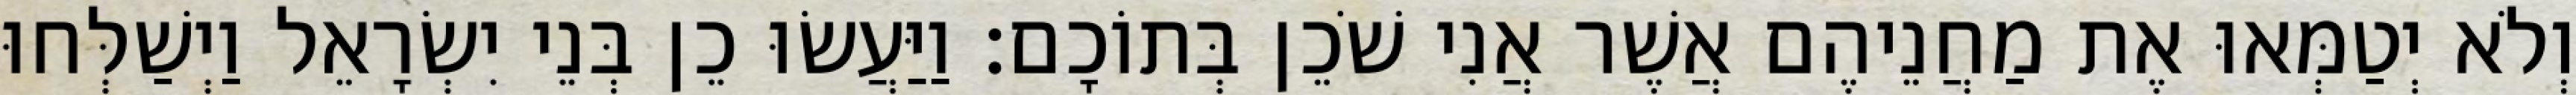
וְלֹא יְטַמְּאוּ אֶת מַחֲנֵיהֶם אֲשֶׁר אֲנִי שֹׁכֵן בְּתוֹכָם׃ וַיַּעֲשׂוּ כֵן בְּנֵי יִשְׂרָאֵל וַיְשַׁלְּחוּ